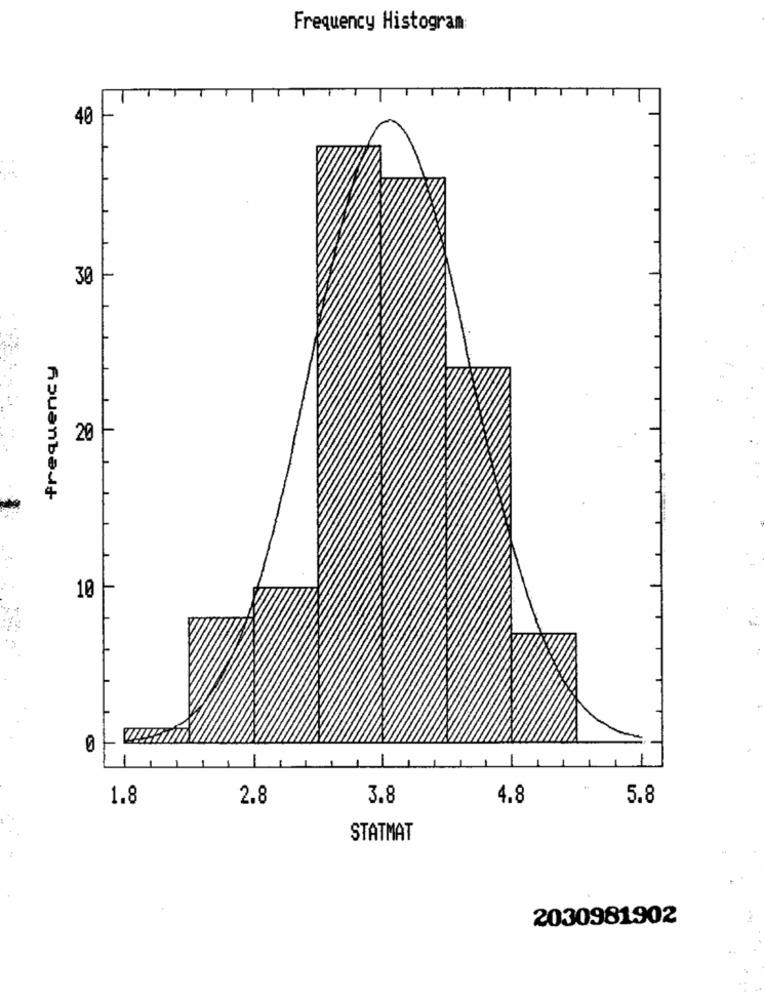
Frequency Histogram
40
30
frequency
20
10
1.8
2.8
3.8
4.8
5.8
STATMAT
2030981902